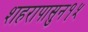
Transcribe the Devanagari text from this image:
शहरापासुन१५